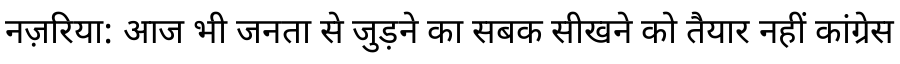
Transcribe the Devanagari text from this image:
नज़रिया: आज भी जनता से जुड़ने का सबक सीखने को तैयार नहीं कांग्रेस